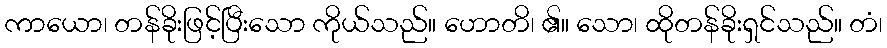
ကာယော၊ တန်ခိုးဖြင့်ပြီးသော ကိုယ်သည်။ ဟောတိ၊ ၏။ သော၊ ထိုတန်ခိုးရှင်သည်။ တံ၊